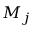
M _ { j }